Vital statistics of India. Vol. VI, European troops 1870-79
Year: 1870
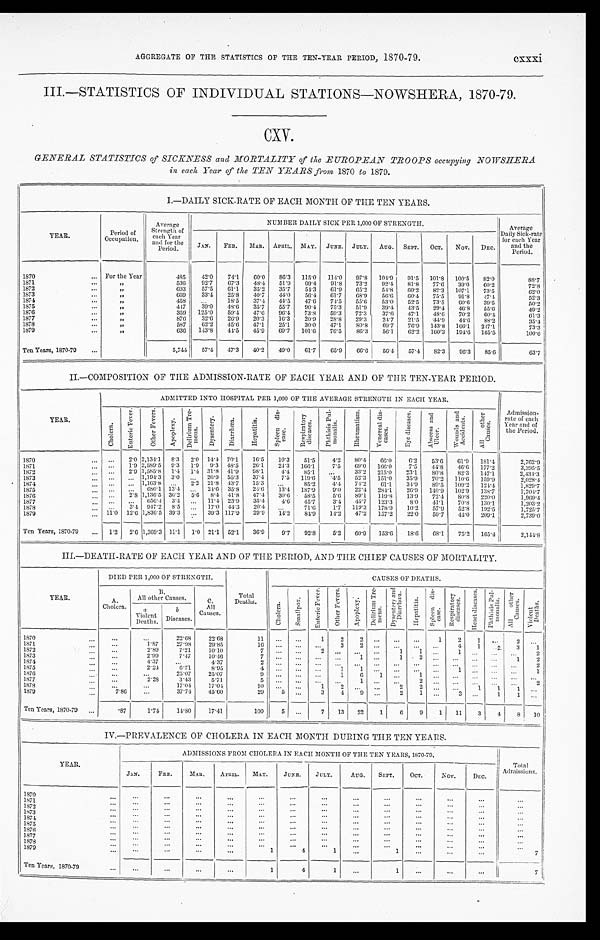
cxxxi
AGGREGATE OF THE STATISTICS OF THE TEN-YEAR PERIOD, 1870-79.
III.—STATISTICS OF INDIVIDUAL STATIONS—NOWSHERA, 1870-79.
CXV.
GENERAL STATISTICS of SICKNESS and MORTALITY of the EUROPEAN TROOPS occupying NOWSHERA
in each Year of the TEN YEARS from 1870 to 1879.
1
I.—DAILY SICK-RATE OF EACH MONTH OF THE TEN YEARS.
YEAR.
Period of
Occupation.
Average
Strength of
each Year
and for the
Period.
NUMBER DAILY SICK PER 1,000 OF STRENGTH.
Average
Daily Sick-rate
for each Year
and the
Period.
JAN. FEB. MAR. APRIL. MAY. JUNE. JULY. AUG. SEPT. OCT. NOV. DEC.
1870
For the Year
485 42.0 74.1 60.0 86.3 115.0 114.0 97.8 104.9 91.5 101.8 100.5 82.0
88.7
1871
„
536 92.7 67.3 48.4 51.9 69.4 91.8
7 3 . 2
9 2 . 4 81.8 77.6 39.0 60.2
72.8
1872
„
693 57.5 61.1 35.2 35.7 54.3 61.9 65.2 54.8 60.2 82.3 107.1 73.5
62.0
1873
„
669 33.4 25.8 40.7 44.0 56.4 61.7 68.9 56.6 60.4 75.5 91.8 47.4
52.3
1874
„
458
18.5 37.4 44.5 47.6 74.5 55.6 53.0 52.5 73.5 60.6 39.5
502
1875
„
417
39.0 48.6 35.7 55.7 90.4 75.3 51.9 39.4 43.5 29.4 46.8 55.6
49.2
1876
„
359 125.0 59.4 47.6 96.4 73.8 59.3 72.3 37.6 47.1 48.6 70.2 60.4
61.3
1877
„
876 32.6 26.9 20.3 16.3 20.9 28.8 29.3 2.4.7 21.5 44.9 44.6 88.2
35.1
1878
„
587 62.2 45.6 47.1 25.1 30.0 47.1 80.8 69.7 76.9 143.8 166.1 217.1
73.3
1879
„
636 143.8 41.5 45.9 69.7 101.6 76.5 86.3 56.1 62.2 160.3 194.6 165.5
100.6
Ten Years, 1870-70
„
5,744 57.4 47.3 40.2 49.0 61.7 65.9 66.6 56.4 57.4 82.3 96.3 85.6 163.7
II.—COMPOSITION OF THE ADMISSION-RATE OF EACH YEAR AND OF THE TEN-YEAR PERIOD.
1
YEAR .
ADMITTED INTO HOSPITAL PER 1,000 OF THE AVERAGE STRENGTH IN EACH YEAR.
Admission-
rate of each
Year and of
t he Per i od.
C h o l e r a .
E n t e r i c F e v e r .
O t h e r F e v e r s .
A p o p l e x y .
D e l i r i u m T r e -
mens . D y s e n t e r y .
D i a r h œ a .
H e p a t i t i s .
S p l e e n d i s -
e s e .
R e s p i r a t o r y d i s e a s e s . P h t h i s i s P u l -
m o n a l s .
R h e u m a t i s m .
V e n e r a l d i s -
e a s e s .
E y e d i s e a s e s . A b s e s s a n d U l c e r .
W o u n d s a n d A c c i d e n t s .
A l l o t h e r C a u s e s .
1870
2.0 2,134.1 8.3 2.0 14.4 70.1 16.5 10-3 51.5
4.2 80.4 66.0
6.2 53.6 61.9 181.4
2,762.9
1871
1.9 2,589.5 9.3 19 9.3 485 26.1 24.3 166.1
7.5 69.0 166.0
7.5 44.8 46.6 177.2
3,395.5
1872
2.9 1,585.8 1.4 1.1 31.8 41.9 98.1
4.4 85.
33.2 215.0 23.1 80.8 82.3 147.1
2,431.3
1873
1,194.3 3.0
26.9 55.3 37.4
7.5 119.6
4.5 52.3 151.0 35.9 70.2 110.6 159.9
2,028.4
1874
1,163.8
2.2 21.8 43.7 15.3
85.2
4.4 74.2
61. 1 34.9 89.5 109.2 124.4
1,829.7
1 8 7 5
680.1
1 3 . 4
24.6 35.8 2.46 13.4 187.9
9.0 22.4 284.1 26.9 140.9 102.9 138.7
1,704.7
1876
2.8 1,136.5 36.2 5.6 8.4 41.8 47.4 30.6 58.5
5.6 89.1 119.8 13.9 72.4 80.8 220.0
1,969.4
1877
656.4 3.4
11.4 23.9 35.4 4.6 45.7
3.4
4 5 . 7 123.3
8.0 4.1.1 70.8 130.1
1,203.2
1878
3 . 4 947.2 8.5
17.0 44.3 20.4
71.6
1.7 119.3 178.9 10.2 57.9 52.8 192.5
1,725.7
1879
1 1 . 0 12.6 1,836.5 39.3
39.3 117.9 29.9 14.2 84.9 14.2 47.2 157.2 22.0 59.7 44.0 209.1
2,739.0
Ten Years, 1870-79
1.2 26 1,369.3 11.1 1.0 21.1 52.1 36.9 9.7 92.3 5.2 60.9 153.6 18.6 68.1 75.2 165.4
2,144.8
III.—DEATH-RATE OF EACH YEAR AND OF THE PERIOD, AND THE CHIEF CAUSES OF MORTALITY.
1
YEAR.
DIED PER 1,000 OF STRENGTH.
Total
Deaths.
CAUSES OF DEATHS.
A .
Cholera.
All other Causes.
C.
All
Causes.
C h o l e r a .
S m a l l p o x .
E n t e r i c F e v e r .
O t h e r F e v e r s .
A p o p l e x y .
D e l i r i u m T r e -
m e n s .
D y s e n t a r y a n d D i a r r h œ a .
H e p a t i t i s . S p l e e n d i s -
e a s e .
R e s p i r a t o r y d i s e a s e s .
H e a r t d i s e a s e s . P h t h i s i s P u l -
mo n a l i s . A l l o t h e r c a u s e s .
V i o l e n t D e a t h s .
Vio
a
lent
Deaths.
b
Diseases.
1870
22.68
22.68
11
1
2 2
1
2
1
2
1 8 7 1
1.87
27.98
29.85
1 6
3 2
4 1
2 3
1
1872
2.89
7.21
10.10
7
2
1
1
1
2
1873
2.99
7.47
10.46
7
1
1
1
2
2
1874
4.37
4.37
2
2
1875
2.24
6.71
8.95
4
1 1
1
1
1876
25.07
25.07
9
1
6
1
1
1877
2.28
3.43
5.71
5
1
2
2
1878
17.04
17.04
10
1
2
2
2
1
1
1
2
1879
7.86
37.74
45.60
29
5
3
4
9
2
1
1
Ten Years, 1870-79
.87
1.74
14.80
17.41
100
7 13 22
1
6
9
1 11
3
4
8 10
IV.—PREVALENCE OF CHOLERA IN EACH MONTH DURING THE TEN YEARS.
YEAR.
ADMISSIONS FROM CHOLERA IN EACH MONTH OF THE TEN YEARS, 1870-79,
—
Total
Admissions.
JAN.
FEB.
MAR. APRIL. MAY.
JUNE.
J U L Y
AUG. SEPT.
OCT.
NOV.
DEC.
1870
1871 1 8 7 2
1873
1874
1875
1876
1877
1878
1879
1
4
1
1
7
Ten Years, 1870-79
1
4
1
1
7